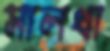
সালথা